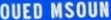
QUED MSOUN